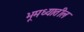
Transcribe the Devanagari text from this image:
भूमध्यातील